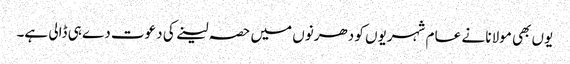
یوں بھی مولانا نے عا م شہریوں کو دھرنوں میں حصہ لینے کی دعوت دے ہی ڈالی ہے۔